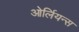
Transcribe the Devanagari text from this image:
ओर्लियन्स